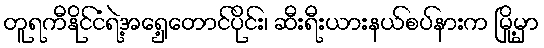
တူရကီနိုင်ငံရဲ့အရှေ့တောင်ပိုင်း၊ ဆီးရီးယားနယ်စပ်နားက မြို့မှာ